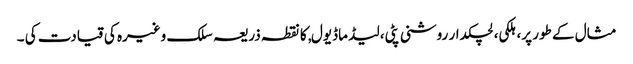
مثال کے طور پر، ہلکی، لچکدار روشنی پٹی، لیڈ ماڈیول, کا نقطہ ذریعہ سلک وغیرہ کی قیادت کی ۔